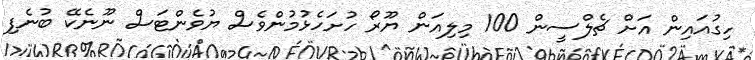
ހިގުއައިން އަށް ޗެލްސީން 100 މިލިއަން ޔޫރޯ ހުށަހެޅުމުންވެސް ޔުވެންޓަސް ނޫނެކޭ ބުނެފި